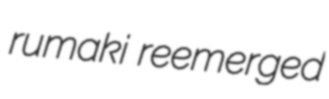
rumaki reemerged